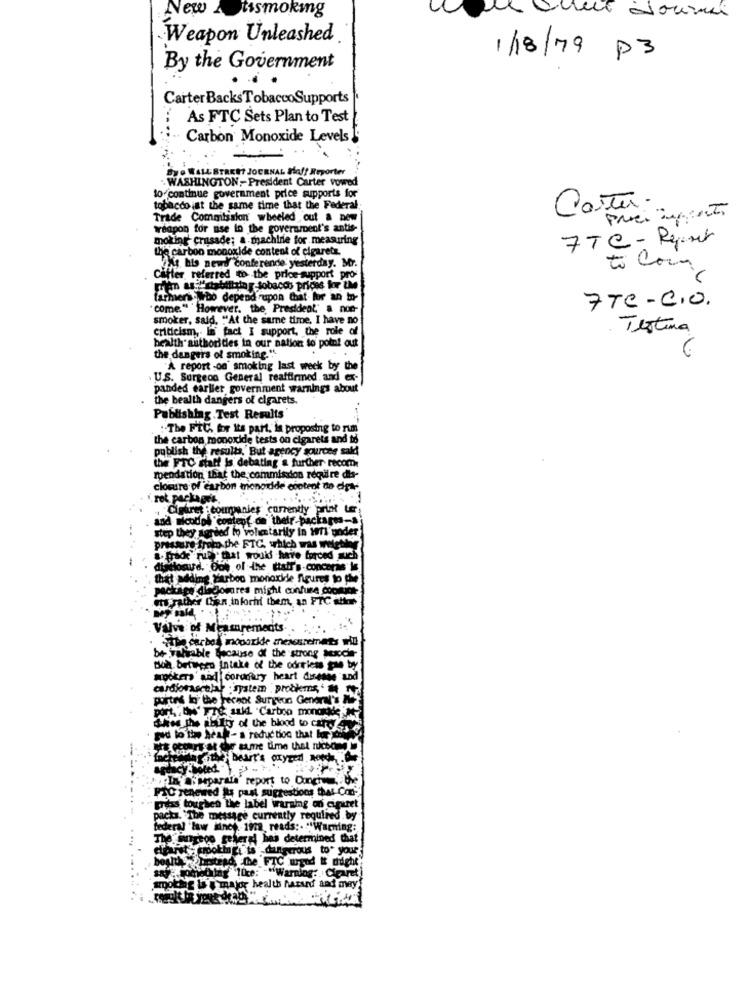
New Atismoking
Weapon Unleashed
1/18/79 P3
By the Government
Carter BacksTobaccoSupports
As FTC Sets Plan to Test
Carbon Monoxide Levels
SUO WALL STREET JOURNAL Hoff Reporter
WASHINGTON, President Carter vowed
to continue government price supports for
tobacco iat the same time that the Federal
Corte.
Trade Commission wheeled out & new
weapon for use to the government's antis-
moking crusade; a machine for measuring
FTC - Report
the carbon monoxide content of cigaretz.
At his newd' conferende yesterday. Mr.
to Com
Cafter referred to the price support pro
prem ary"chbillth y-tobacco prices for u
farmers . Wbo depend upon that for an in-
" come." " However, the President" a non-
7TC -C.O.
smoker, said, ""At the same time, I have no
criticism, la" fact I support, the role
Testina
health authorities in our nation to point out
the dangers of smoking. "
"A report -on' smoking last week by the
U.S. Surgeon General reaffirmed. and ex-
panded earlier government warnings about
the health dangers of cigarets.
Publishing . Test Results
: The FTC, for Its part, is proposing to rum
the carbon monoxide tests on cigarets and to
publish the results, But agency sources sald
the FTC staff Is debating a further recom
roendation that the commission require dis-
closure of carbon monoxide content to det-
rot packages.
paret :companies currently print ter
codos content on their-packages-
step they agreed to voluntarily in im under
pressure from the FTC, which was welettir
i prade ruby. that would have forced much
disitooud. "Out of -the ttaif's-conceris le
that adding Carbon monoxide figures to the
package discomares might confure coomics-
ets rather Cion inforhi them, an FTC attor
Valve of Measurements
Title carbon moparide mesesremets wiu
be- valiable Because of the strong Mexche-
Boh between Intake of the odrriess pae by
spokers and coronary heart disease and
cardiovascular . system , probkms, ' 7
portes lo the recent Surgeon General's
port, . UN' Fre: sukd "Carboo monddde
Shes the abIty of the blood to cards
Fad to the head- a reduction that heey
Atthe bold
Pf In a separate' report to Durchthe
FIC renewed La pant sugre
" press toughen the label warning on ciruret
packs. The message currently required by
federal law kines. 1922, reads :. ""Warning:
3 determined that
rooth fi is dangerous to* your
ETOUIS
to* your
Ith w lastrad, the FTC wynd # night"
Olag lte: "Warning: Cigaret)
Cant
smoking & #'major health hazard and may